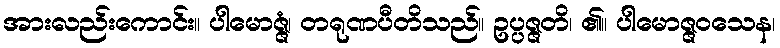
အားလည်းကောင်း။ ပါမောဇ္ဇံ၊ တရုဏပီတိသည်။ ဥပ္ပဇ္ဇတိ၊ ၏။ ပါမောဇ္ဇဝသေန၊